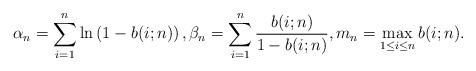
LaTeX: \begin{align*}\alpha_n = \sum_{i=1}^n \ln \left(1-b(i;n)\right), \beta_n = \sum_{i=1}^n \frac{b(i;n)}{1-b(i;n)}, m_n = \max_{1 \leq i \leq n} b(i;n).\end{align*}